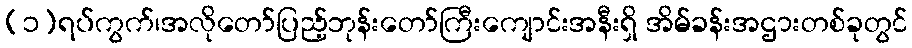
(၁)ရပ်ကွက်၊အလိုတော်ပြည့်ဘုန်းတော်ကြီးကျောင်းအနီးရှိ အိမ်ခန်းအဌားတစ်ခုတွင်